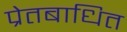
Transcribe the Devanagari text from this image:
प्रेतबाधित